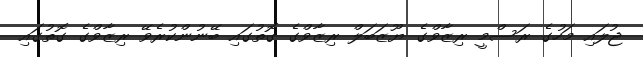
ޖުލައި މަހުގެ ރަސްމީ ރިޒާވްގެ ޔޫޒަބަލް ރިޒާވްގެ ގޮތުގައި ބޭނުންކުރެވޭ ރިޒާވްގެ ގޮތުގައި